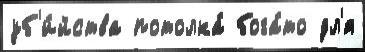
уб'и́йства потолка́ бога́то дл'я